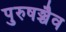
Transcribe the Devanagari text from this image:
पुरुषञ्चैव